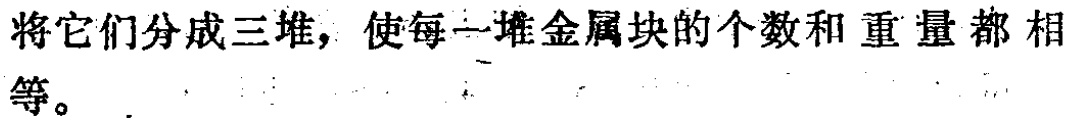
将它们分成三堆，使每一堆金属块的个数和重量都相等。